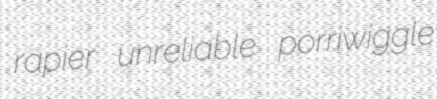
rapier unreliable porriwiggle